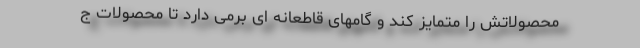
محصولاتش را متمایز کند و گامهای قاطعانه ای برمی دارد تا محصولات ج